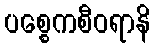
ပစ္စေကစီဝရာနိ